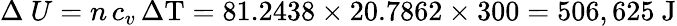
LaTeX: \Delta\ U=n\, c_{v}\, \Delta\mathrm{T}=81.2438\times 20.7862\times 300=506,625{\mathrm{~J}}